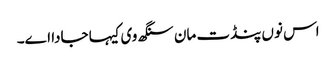
اس نوں پنڈت مان سنگھ وی کیہا جادا اے۔